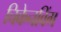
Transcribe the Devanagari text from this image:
चिकेनविंग